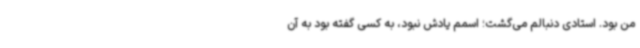
من بود. استادی دنبالم می‌گشت؛ اسمم یادش نبود، به کسی گفته بود به آن